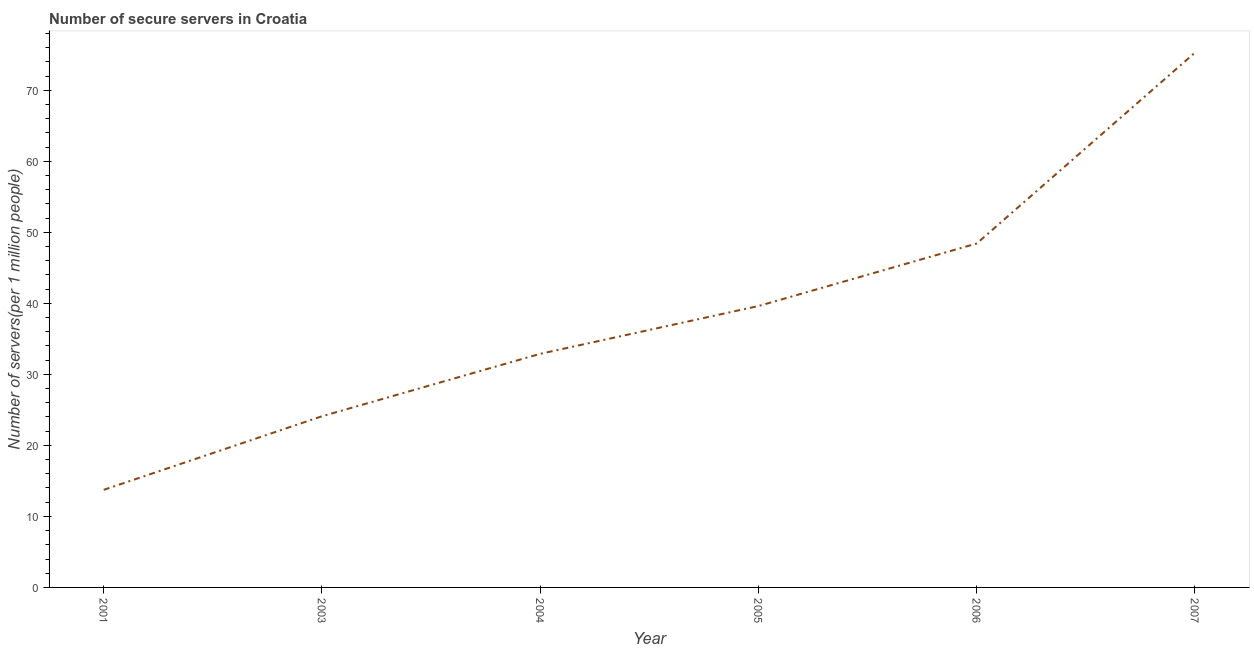
| Year | Secure Internet servers |
 | --- | --- |
 | 2001 | 13.7 |
 | 2003 | 24.1 |
 | 2004 | 32.9 |
 | 2005 | 39.6 |
 | 2006 | 48.4 |
 | 2007 | 75.3 |